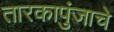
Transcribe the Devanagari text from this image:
तारकापुंजाचे